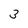
Character: 3